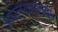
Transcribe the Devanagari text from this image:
आपल्यासारखाच